Piroplasma canis and its life cycle in the tick - Number 29
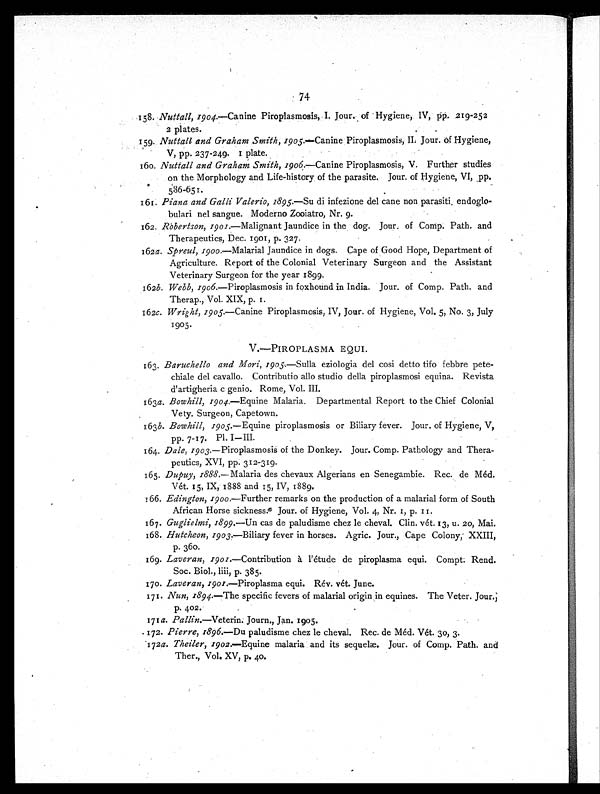
74
158. Nuttall, 1904.— Canine Piroplasmosis, I. Jour. of Hygiene, IV, pp. 219-252
2 plates.
159. Nuttall and Graham Smith, 1905.— Canine Piroplasmosis, II. Jour. of Hygiene,
V, pp. 237-249. 1 plate.
160. Nuttall and Graham Smith, 1906.— Canine Piroplasmosis, V. Further studies
on the Morphology and Life-history of the parasite. Jour. of Hygiene, VI, pp.
586-651.
161. Piana and Galli Valerio, 1895.—Su di infezione del cane non parasiti, endoglo-
bulari nel sangue. Moderno Zooiatro, Nr. 9.
162. Robertson, 1901.—Malignant Jaundice in the dog. Jour. of Comp. Path. and
Therapeutics, Dec. 1901, p. 327.
162a. Spreul, 1900.—Malarial Jaundice in dogs. Cape of Good Hope, Department of
Agriculture. Report of the Colonial Veterinary Surgeon and the Assistant
Veterinary Surgeon for the year 1899.
162b. Webb, 1906.—Piroplasmosis in foxhound in India. Jour. of Comp. Path. and
Therap., Vol. XIX, p. 1.
162c. Wright, 1905.—Canine Piroplasmosis, IV, Jour. of Hygiene, Vol. 5, No. 3, July
1905.
V.—PIROPLASMA EQUI.
163. Baruchello and Mori, 1905.—Sulla eziologia del cosi detto tifo febbre pete-
chiale del cavallo. Contributio allo studio della piroplasmosi equina. Revista
d'artigheria c genio. Rome, Vol. III.
163a. Bowhill, 1904.—Equine Malaria. Departmental Report to the Chief Colonial
Vety. Surgeon, Capetown.
163b. Bowhill, 1905.—Equine piroplasmosis or Biliary fever. Jour. of Hygiene, V,
pp. 7-17. Pl. I-III.
164. Dale, 1903.—Piroplasmosis of the Donkey. Jour. Comp. Pathology and Thera-
peutics, XVI, pp. 312-319.
165. Dupuy, 1888.—Malaria des chevaux Algerians en Senegambie. Rec. de Méd.
Vét. 15, IX, 1888 and 15, IV, 1889.
166. Edington, 1900.— Further remarks on the production of a malarial form of South
African Horse sickness. Jour. of Hygiene, Vol. 4, Nr. 1, p. 11.
167. Guglielmi,1899.—Un cas de paludisme chez le cheval. Clin. vét. 13, u. 20, Mai.
168. Hutcheon, 1903.—Biliary fever in horses. Agric. Jour., Cape Colony, XXIII,
p. 360.
169. Laveran, 1901.—Contribution à l'étude de piroplasma equi. Compt. Rend.
Soc. Biol., liii, p. 385.
170. Laveran, 1901.—Piroplasma equi. Rév. vét. June.
171. Nun, 1894.—The specific fevers of malarial origin in equines. The Veter. Jour.,
p. 402.
171a. Pallin.—Veterin. Journ., Jan. 1905.
172. Pierre, 1896.—Du paludisme chez le cheval. Rec. de Méd. Vét. 30, 3.
172a. Theiler, 1902.—Equine malaria and its sequelæ. Jour. of Comp. Path. and
Ther., Vol. XV, p. 40.